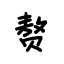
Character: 赘